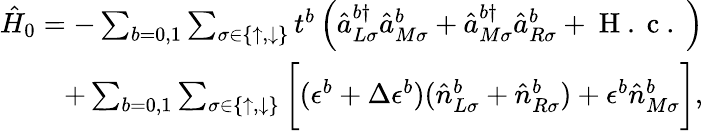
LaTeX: \begin{array}{r}{\hat{H}_{0}=-\sum_{b=0,1}\sum_{\sigma\in\{ \uparrow,\downarrow\} }t^{b}\left(\hat{a}_{L\sigma}^{b\dagger}\hat{a}_{M\sigma}^{b}+\hat{a}_{M\sigma}^{b\dagger}\hat{a}_{R\sigma}^{b}+\mathrm{~H~.~c~.~}\right)}\\ {+\sum_{b=0,1}\sum_{\sigma\in\{ \uparrow,\downarrow\} }\bigg[(\epsilon^{b}+\Delta\epsilon^{b})(\hat{n}_{L\sigma}^{b}+\hat{n}_{R\sigma}^{b})+\epsilon^{b}\hat{n}_{M\sigma}^{b}\bigg],}\end{array}